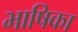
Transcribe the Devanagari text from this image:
भाषिका